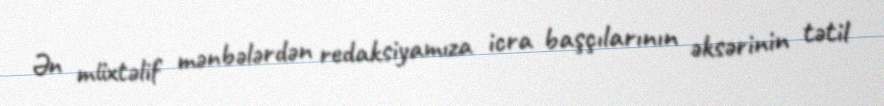
Ən müxtəlif mənbələrdən redaksiyamıza icra başçılarının əksərinin tətil